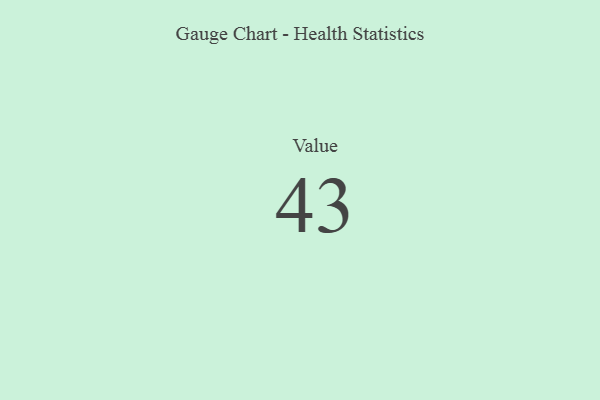
{"axis": {"x": "Metric", "y": "Value"}, "legend": [""], "data": [{"x": "Value", "y": 43, "type": ""}]}